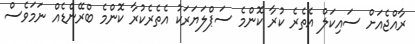
ރާއްޖެއަށް ސައިކަލް އެތެރެ ކުރާ ކޮންމެ ސަޕްލަޔަރަކު އެތެރެކުރާ ކޮންމެ ބްރޭންޑެއް ނަމަވެސް